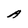
Character: A